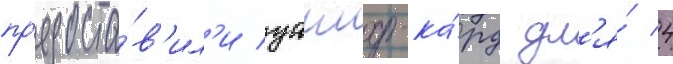
пр'едоста́в'ил'и уаилд-ка́рд дл'я́ 4